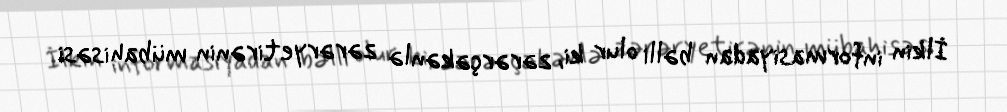
İlkin informasiyadan bəlli olur ki, zərərçəkənlə zərəryetirənin mübahisəsi